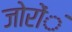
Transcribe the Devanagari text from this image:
जोरोंंं